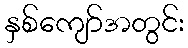
နှစ်ကျော်အတွင်း